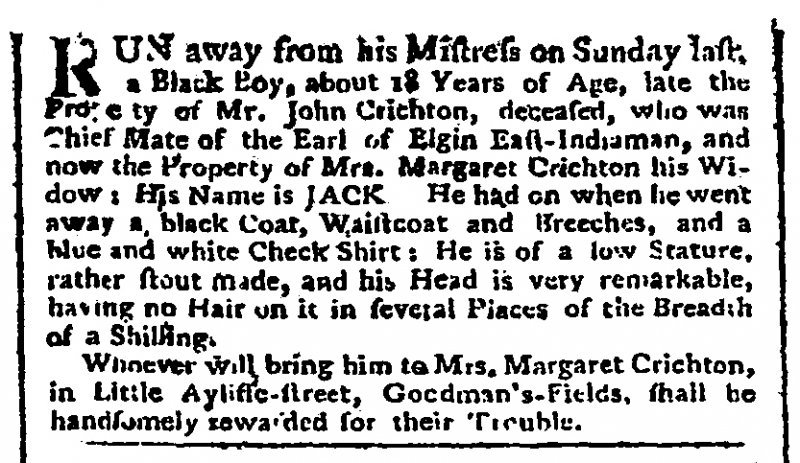
Public Advertiser, 1 October 1769 (England)
RUN away from his Mistress on Sunday last, a Black Boy, about 18 Years of Age, late the Property of Mr. John Crichton, deceased, who was Chief Mate of the Earl of Elgin East-Indiaman, and now the Property of Mrs. Margaret Crichton his Widow: His name is JACK  He had on when he went away a black Coat, Waistcoat and Breeches, and a blue and white Check Shirt: He is of low Stature, rather stout made, and his Head is very remarkable, having no Hair on it in several Places of the breadth of a Shilling.   Whoever will bring him to Mrs. Margaret Crichton, in Little Ayliffe-street, Goodman’s-Fields, shall be handsomely rewarded for their Trouble.